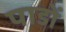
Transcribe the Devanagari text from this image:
पाडों